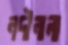
নদীনালা